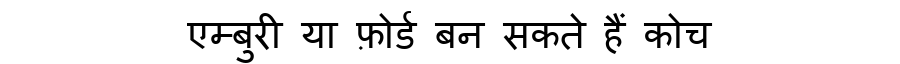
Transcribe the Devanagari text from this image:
एम्बुरी या फ़ोर्ड बन सकते हैं कोच